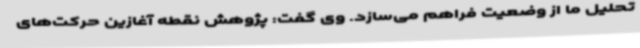
تحلیل ما از وضعیت فراهم می‌سازد. وی گفت: پژوهش نقطه آغازین حرکت‌های